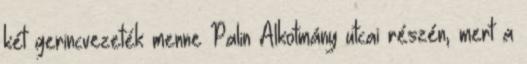
két gerincvezeték menne Palin Alkotmány utcai részén, mert a